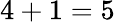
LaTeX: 4+1=5